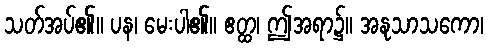
သတ်အပ်၏။ ပန၊ မေးပါ၏။ ဧတ္ထ၊ ဤအရာ၌။ အနုသာသကော၊